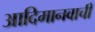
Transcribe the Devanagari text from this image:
आदिमानवाची